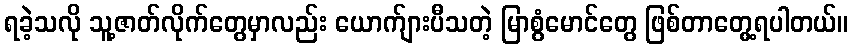
ရခဲ့သလို သူ့ဇာတ်လိုက်တွေမှာလည်း ယောက်ျားပီသတဲ့ မြာစွံမောင်တွေ ဖြစ်တာတွေ့ရပါတယ်။